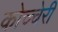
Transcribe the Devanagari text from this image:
कोच्चेरी